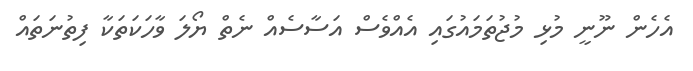
އެހެން ނޫނީ މުޅި މުޖުތަމައުގައި އެއްވެސް އަސާސެއް ނެތް ޔޯލަ ވާހަކަތަކާ ފިތުނަތައް